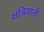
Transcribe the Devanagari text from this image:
क्षत्रियांनीं